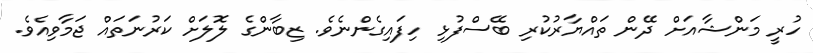
ހުރީ މަންޝާއަށް ދޭން ތައްޔާރުކުރި ބޭސްފުޅި ހިފައިގެންނެވެ. ޒިބާންގެ ލޮލަށް ކަރުނަތައް ޖަމާވިއެވެ.